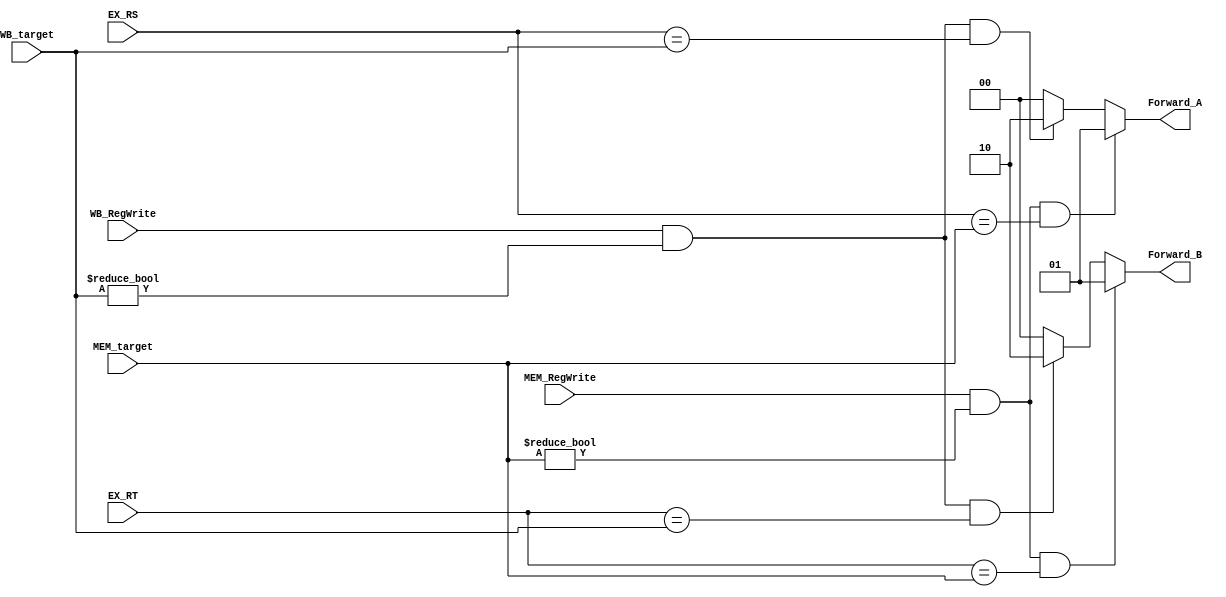
//`timescale 1ns / 1ps
//////////////////////////////////////////////////////////////////////////////////
// Company: 
// Engineer: 
// 
// Design Name: 
// Module Name:    Forwarding_unit 
// Project Name: 
// Target Devices: 
// Tool versions: 
// Description: 
//
// Dependencies: 
//
// Revision: 
// Revision 0.01 - File Created
// Additional Comments: 
//
//////////////////////////////////////////////////////////////////////////////////
module Forwarding_unit(
		MEM_RegWrite,
		WB_RegWrite,
		MEM_target,
		WB_target,
		EX_RS,
		EX_RT,
		Forward_A,
		Forward_B
	);

input 					MEM_RegWrite;
input					WB_RegWrite;
input 	 [5-1:0]		MEM_target;
input    [5-1:0]        WB_target;
input    [5-1:0]		EX_RS;
input    [5-1:0]		EX_RT;
output reg  [2-1:0]		Forward_A;
output reg  [2-1:0]		Forward_B;

always @(*)
begin
	if( MEM_RegWrite && (MEM_target != 0 ) && (EX_RS == MEM_target)) Forward_A =2'b01;
	else if( WB_RegWrite && ( WB_target != 0 ) && ( EX_RS == WB_target ))Forward_A=2'b10;
	else Forward_A = 2'b00;
	
	if( MEM_RegWrite && (MEM_target != 0 ) && (EX_RT == MEM_target)) Forward_B =2'b01;
	else if( WB_RegWrite && ( WB_target != 0 ) && ( EX_RT == WB_target ))Forward_B =2'b10;
	else Forward_B = 2'b00;
end

endmodule